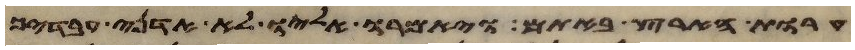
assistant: ערות הארץ באתם ויאמרו אליו לא אדני ועבדיך